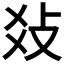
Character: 𤕝